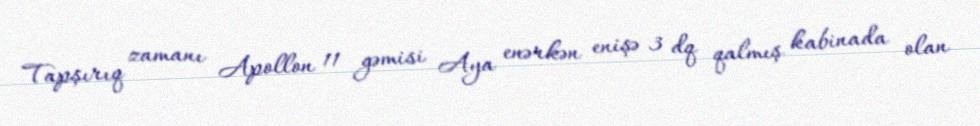
Tapşırıq zamanı Apollon 11 gəmisi Aya enərkən enişə 3 dq qalmış kabinada olan